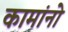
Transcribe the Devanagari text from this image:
कामांनो